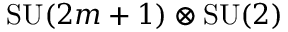
\mathrm { S U } ( 2 m + 1 ) \otimes \mathrm { S U } ( 2 )